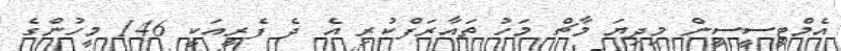
އެމްޓީސީސީން މިދިޔަ މާޗް މަހު ތައާރަފްކުރި އެ ދެ ފެރީއަކީ 146 މީހުންގެ